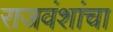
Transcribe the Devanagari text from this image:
राजवंशांचा